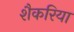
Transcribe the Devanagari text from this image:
शैकरिया